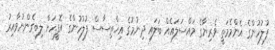
ފުލުހުންގެ އެންމެމަތީ ވެރިޔާގެ މައްސަލައެއް ބަލައި ދިނުމުގެ އިޚްތިސާސް ފުލުހުންގެ އޮފީހަށް ލިބިގެންނުވާއިރު